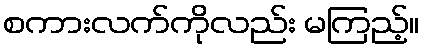
စကားလက်ကိုလည်း မကြည့်။